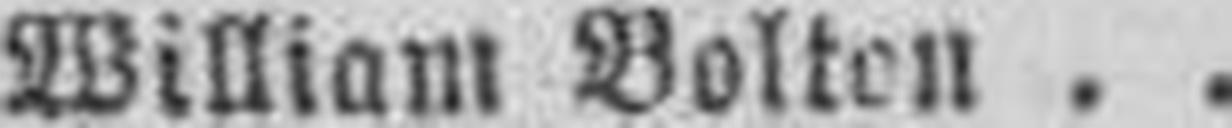
William Bolton